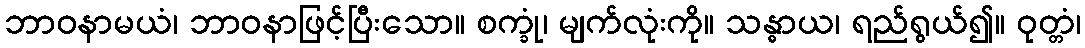
ဘာဝနာမယံ၊ ဘာဝနာဖြင့်ပြီးသော။ စက္ခုံ၊ မျက်လုံးကို။ သန္ဓာယ၊ ရည်ရွယ်၍။ ဝုတ္တံ၊